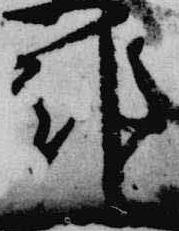
邦